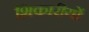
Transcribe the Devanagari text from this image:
शिकारीयों